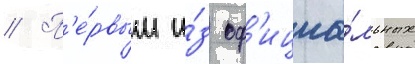
// П'е́рвым и́з оф'ициа́льных